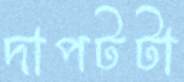
দাপটটা